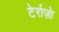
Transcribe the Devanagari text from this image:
टेर्राज़ो